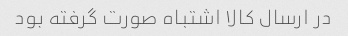
در ارسال کالا اشتباه صورت گرفته بود